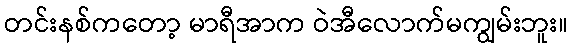
တင်းနစ်ကတော့ မာရီအာက ဝဲအီလောက်မကျွမ်းဘူး။